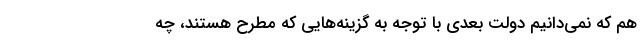
هم که نمی‌دانیم دولت بعدی با توجه به گزینه‌هایی که مطرح هستند، چه